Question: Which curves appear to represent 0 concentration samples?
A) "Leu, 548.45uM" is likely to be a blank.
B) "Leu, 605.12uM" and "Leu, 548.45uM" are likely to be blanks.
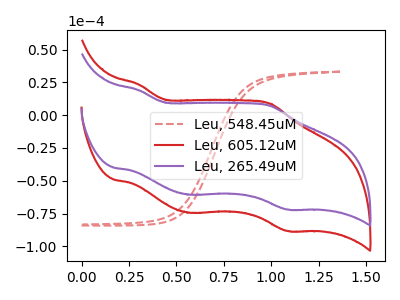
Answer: <think>The red dashed curve "Leu, 548.45uM" has no peaks. The red curve "Leu, 605.12uM" has anodic peaks at (0.30V, 23.45uA) (1.00V, 8.85uA) and cathodic peaks at (0.55V, -74.45uA) (1.10V, -88.35uA). The purple curve "Leu, 265.49uM" has anodic peaks at (0.30V, 19.10uA) (1.00V, 7.20uA) and cathodic peaks at (0.55V, -60.65uA) (1.10V, -71.95uA).</think>
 <answer>A) "Leu, 548.45uM" is likely to be a blank.</answer>
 <eval>A</eval>